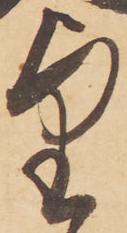
望